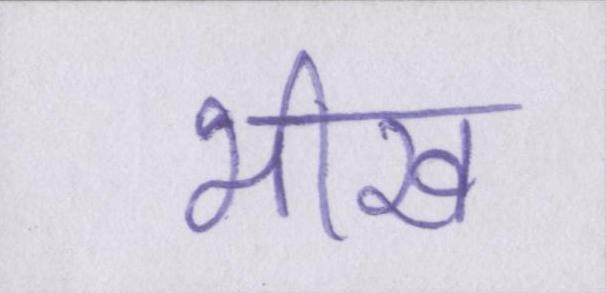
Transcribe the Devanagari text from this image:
भीख